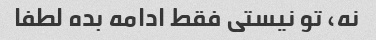
نه، تو نیستی فقط ادامه بده لطفا